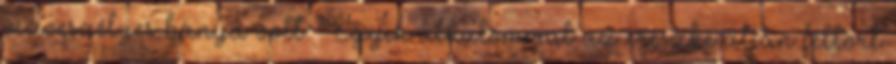
vízveszélyes bánya volt. Egyik alkalommal az ereszke alján feltört